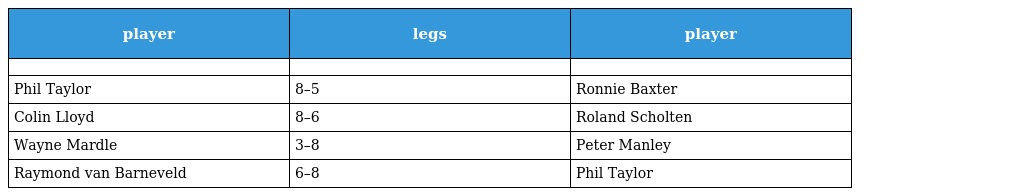
| player | legs | player |
 | --- | --- | --- |
 |  |  |  |
 | Phil Taylor | 8–5 | Ronnie Baxter |
 | Colin Lloyd | 8–6 | Roland Scholten |
 | Wayne Mardle | 3–8 | Peter Manley |
 | Raymond van Barneveld | 6–8 | Phil Taylor |